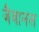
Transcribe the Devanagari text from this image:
जैवानल